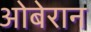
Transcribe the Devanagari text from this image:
ओबेरान